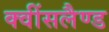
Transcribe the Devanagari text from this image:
क्वींसलैण्ड